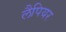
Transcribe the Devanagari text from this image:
लैपियर